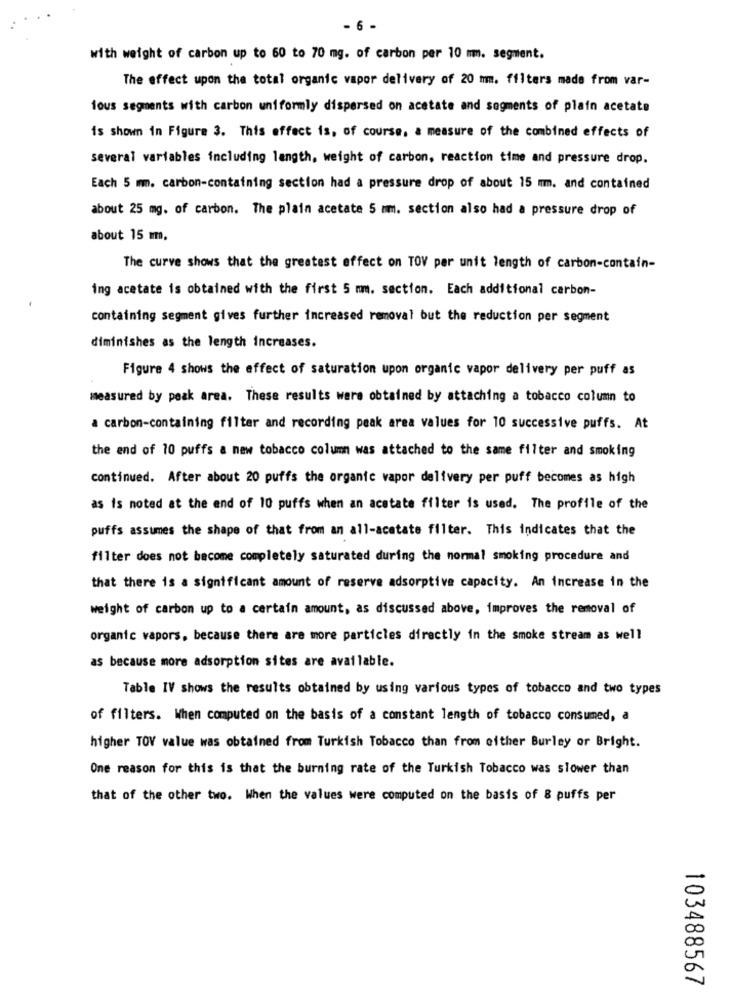
- 6 -
with weight of carbon up to 60 to 70 mg. of carbon per 10 mm. segment.
The effect upon the total organic vapor delivery of 20 mm. filters made from var-
ious segments with carbon uniformly dispersed on acetate and segments of plain acetate
is shown in Figure 3. This effect is, of course, a measure of the combined effects of
several variables including length, weight of carbon, reaction time and pressure drop.
Each 5 mm. carbon-containing section had a pressure drop of about 15 mm. and contained
about 25 mg. of carbon. The plain acetate 5 mm. section also had a pressure drop of
about 15 m.
The curve shows that the greatest effect on TOV per unit length of carbon-contain-
ing acetate is obtained with the first 5 mm. section. Each additional carbon-
containing segment gives further increased removal but the reduction per segment
diminishes as the length increases.
Figure 4 shows the effect of saturation upon organic vapor delivery per puff as
measured by peak area. These results were obtained by attaching a tobacco column to
a carbon-containing filter and recording peak area values for 10 successive puffs. At
the end of 10 puffs a new tobacco column was attached to the same filter and smoking
continued. After about 20 puffs the organic vapor delivery per puff becomes as high
as is noted at the end of 10 puffs when an acetate filter is used. The profile of the
puffs assumes the shape of that from an all-acetate filter. This indicates that the
filter does not become completely saturated during the normal smoking procedure and
that there is a significant amount of reserve adsorptive capacity. An increase in the
weight of carbon up to a certain amount, as discussed above, improves the removal of
organic vapors, because there are more particles directly in the smoke stream as well
as because more adsorption sites are available.
Table IV shows the results obtained by using various types of tobacco and two types
of filters. When computed on the basis of a constant length of tobacco consumed, a
higher TOV value was obtained from Turkish Tobacco than from either Burley or Bright.
One reason for this is that the burning rate of the Turkish Tobacco was slower than
that of the other two. When the values were computed on the basis of 8 puffs per
103488567